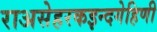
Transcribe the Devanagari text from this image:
राअसेहरकइन्दगेहिणी